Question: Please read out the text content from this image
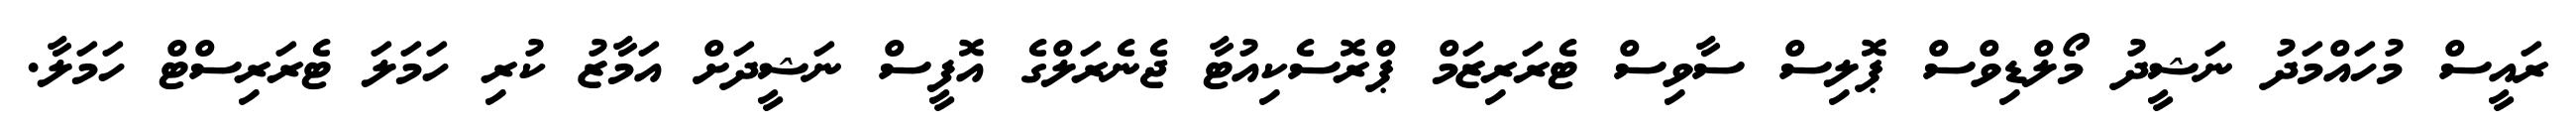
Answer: ރައީސް މުހައްމަދު ނަޝީދު މޯލްޑިވްސް ޕޮލިސް ސާވިސް ޓެރަރިޒަމް ޕްރޮސެކިއުޓާ ޖެނެރަލްގެ އޮފީސް ނަޝީދަށް އަމާޒު ކުރި ހަމަލަ ޓެރަރިސްޓް ހަމަލާ.